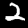
Digit: 2